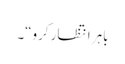
باہر انتظار کرو“۔